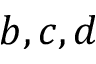
b , c , d